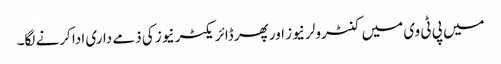
میں پی ٹی وی میں کنٹرولر نیوز اور پھر ڈائریکٹر نیوز کی ذمے داری ادا کرنے لگا۔